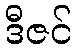
ဒီဇင်